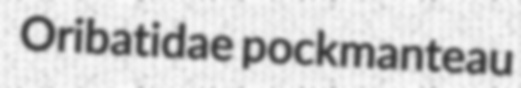
Oribatidae pockmanteau